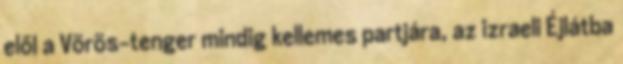
elől a Vörös-tenger mindig kellemes partjára, az izraeli Éjlátba